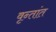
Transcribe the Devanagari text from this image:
वृन्तांत